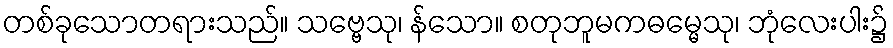
တစ်ခုသောတရားသည်။ သဗ္ဗေသု၊ န်သော။ စတုဘူမကဓမ္မေသု၊ ဘုံလေးပါး၌